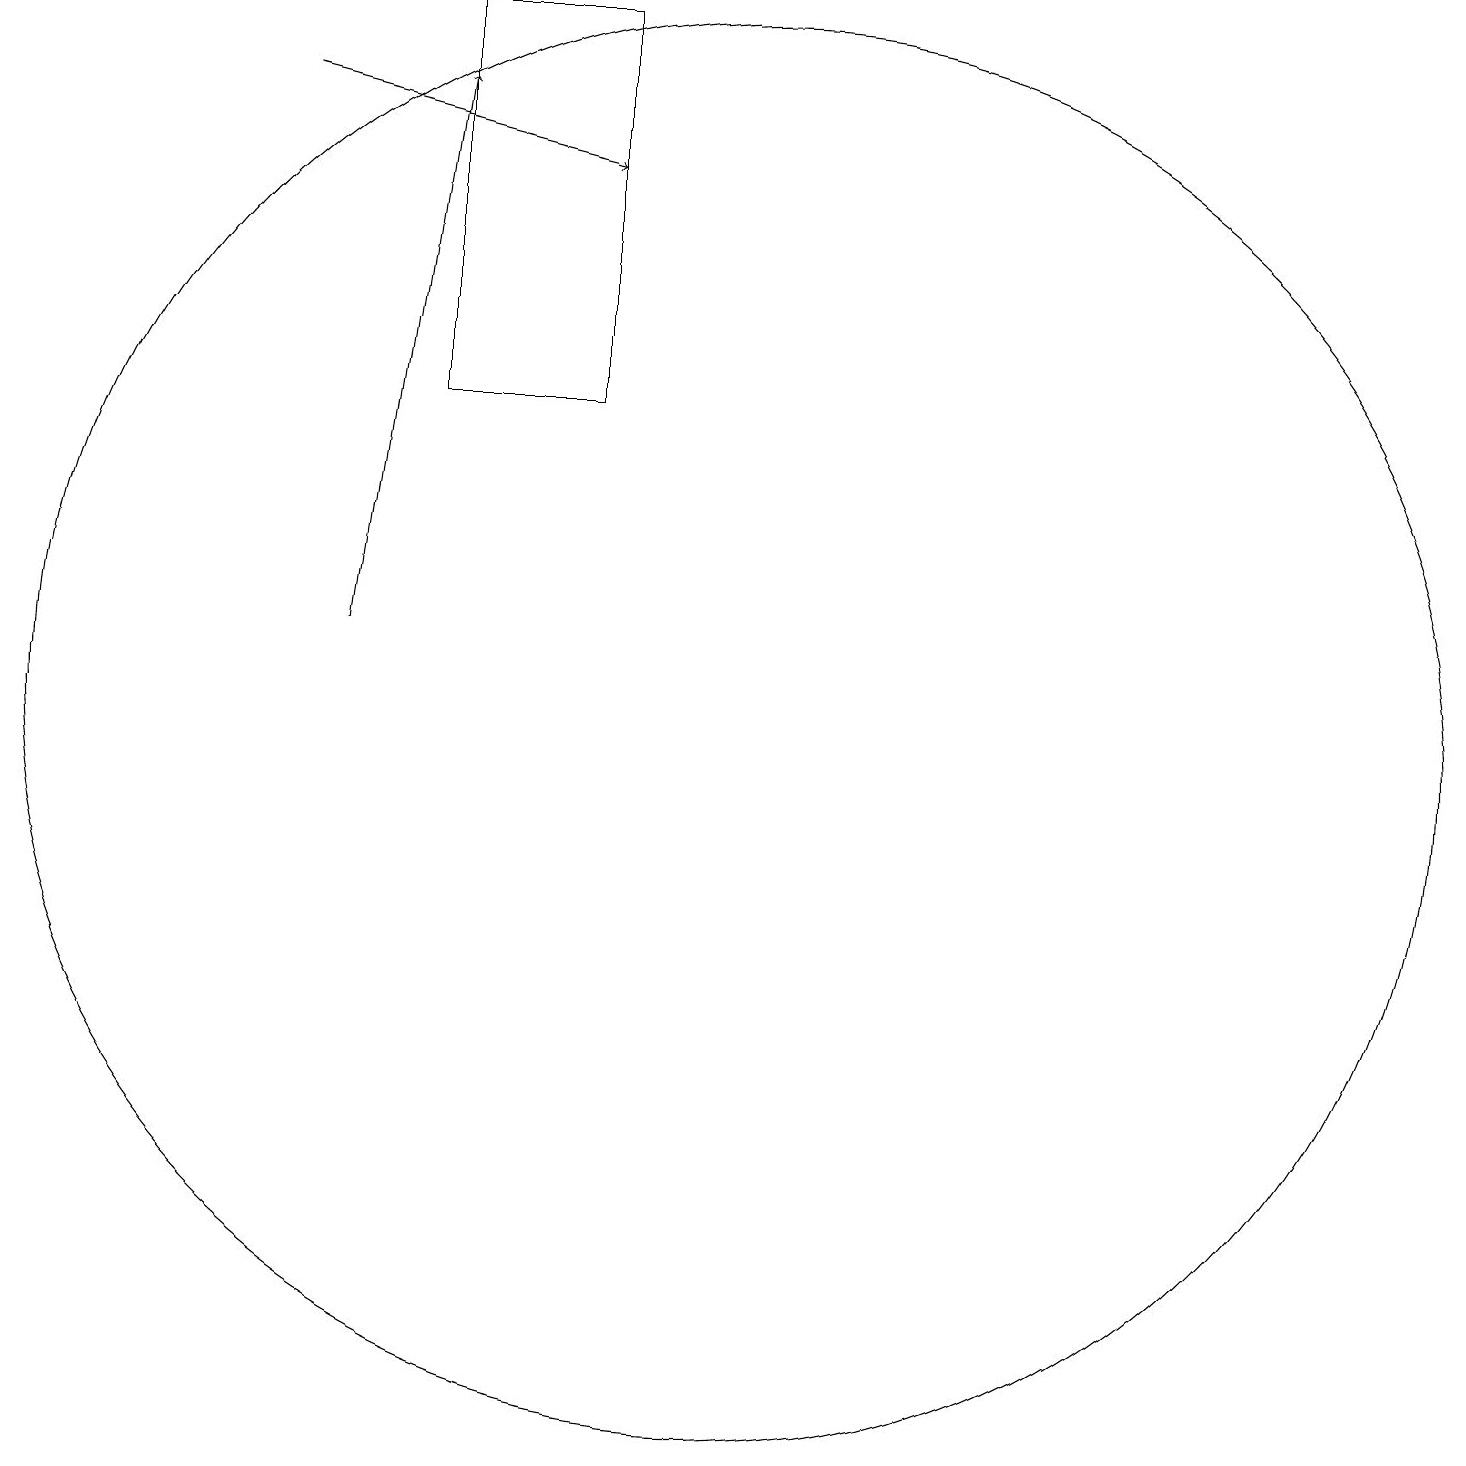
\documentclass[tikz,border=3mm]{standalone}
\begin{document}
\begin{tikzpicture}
\draw[->] (6,11) -- (7,18);
\draw (11,10) circle (0);
\draw (11,10) circle (9);
\draw (7,14) rectangle (9,19);
\draw[->] (5,18) -- (9,17);
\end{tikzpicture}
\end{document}